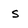
Character: S